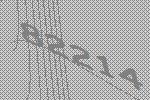
82214